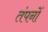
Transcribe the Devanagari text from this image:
तंपनों